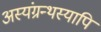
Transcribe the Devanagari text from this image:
अस्यंग्रन्थस्यापि